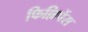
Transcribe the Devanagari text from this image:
फिल्लिपेंस